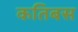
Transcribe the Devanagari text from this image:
कतिबस